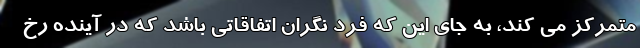
متمرکز می کند، به جای این که فرد نگران اتفاقاتی باشد که در آینده رخ